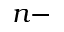
n -